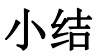
小结